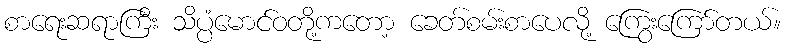
စာရေးဆရာကြီး သိပ္ပံမောင်ဝတို့ကတော့ ခေတ်စမ်းစာပေလို့ ကြွေးကြော်တယ်။